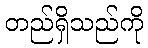
တည်ရှိသည်ကို